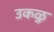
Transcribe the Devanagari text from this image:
उकळु